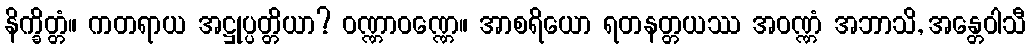
နိက္ခိတ္တံ။ ကတရာယ အဋ္ဌုပ္ပတ္တိယာ? ဝဏ္ဏာဝဏ္ဏေ။ အာစရိယော ရတနတ္တယဿ အဝဏ္ဏံ အဘာသိ, အန္တေဝါသီ